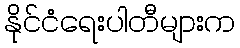
နိုင်ငံရေးပါတီများက